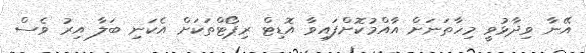
އޭނާ ވިދާޅުވީ މިހާތަނަށް އާއްމުކޮށްފައިވާ އޮޑިޓް ރިޕޯޓްތަކަށް އެކަނި ބަލާ އިރު ވެސް